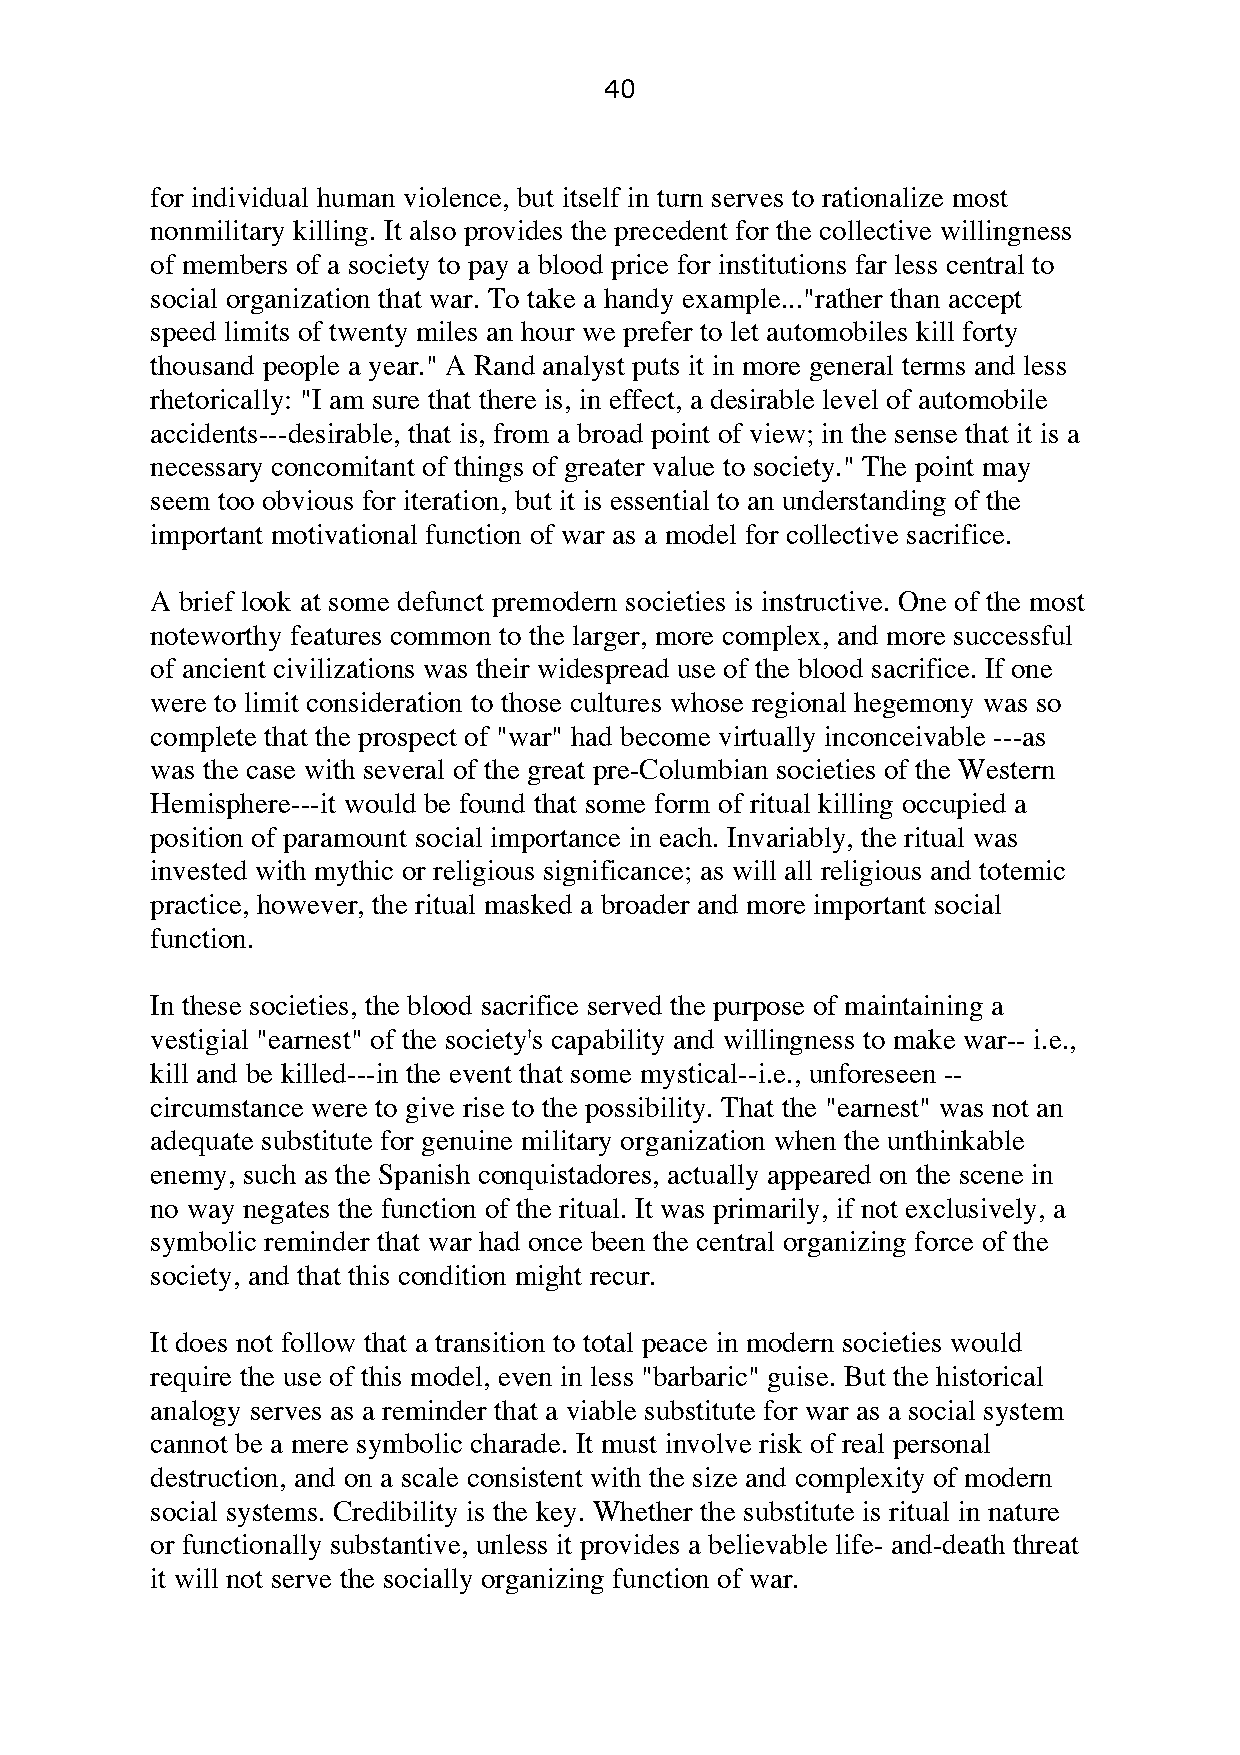
40
 for individual human violence, but itself in turn serves to rationalize most
 nonmilitary killing. It also provides the precedent for the collective willingness
 of members of a society to pay a blood price for institutions far less central to
 social organization that war. To take a handy example..."rather than accept
 speed limits of twenty miles an hour we prefer to let automobiles kill forty
 thousand people a year." A Rand analyst puts it in more general terms and less
 rhetorically: "I am sure that there is, in effect, a desirable level of automobile
 accidents---desirable, that is, from a broad point of view; in the sense that it is a
 necessary concomitant of things of greater value to society." The point may
 seem too obvious for iteration, but it is essential to an understanding of the
 important motivational function of war as a model for collective sacrifice.
 A brief look at some defunct premodern societies is instructive. One of the most
 noteworthy features common to the larger, more complex, and more successful
 of ancient civilizations was their widespread use of the blood sacrifice. If one
 were to limit consideration to those cultures whose regional hegemony was so
 complete that the prospect of "war" had become virtually inconceivable ---as
 was the case with several of the great pre-Columbian societies of the Western
 Hemisphere---it would be found that some form of ritual killing occupied a
 position of paramount social importance in each. Invariably, the ritual was
 invested with mythic or religious significance; as will all religious and totemic
 practice, however, the ritual masked a broader and more important social
 function.
 In these societies, the blood sacrifice served the purpose of maintaining a
 vestigial "earnest" of the society's capability and willingness to make war-- i.e.,
 kill and be killed---in the event that some mystical--i.e., unforeseen --
 circumstance were to give rise to the possibility. That the "earnest" was not an
 adequate substitute for genuine military organization when the unthinkable
 enemy, such as the Spanish conquistadores, actually appeared on the scene in
 no way negates the function of the ritual. It was primarily, if not exclusively, a
 symbolic reminder that war had once been the central organizing force of the
 society, and that this condition might recur.
 It does not follow that a transition to total peace in modern societies would
 require the use of this model, even in less "barbaric" guise. But the historical
 analogy serves as a reminder that a viable substitute for war as a social system
 cannot be a mere symbolic charade. It must involve risk of real personal
 destruction, and on a scale consistent with the size and complexity of modern
 social systems. Credibility is the key. Whether the substitute is ritual in nature
 or functionally substantive, unless it provides a believable life- and-death threat
 it will not serve the socially organizing function of war.